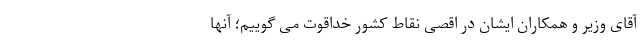
آقای وزیر و همکاران ایشان در اقصی نقاط کشور خداقوت می گوییم؛ آنها